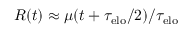
R ( t ) \approx \mu ( t + \tau _ { \mathrm { e l o } } / 2 ) / \tau _ { \mathrm { e l o } }